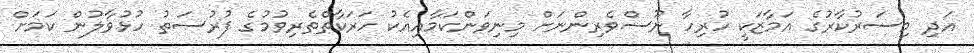
އަދި މިސަރުކާރުގެ އަމާޒަކީ ހުރިހާ ނޫސްވެރިންނަށް މިނިވަންކަމާއިއެކު ހަރަކާތްތެރިވުމުގެ ފުރުސަތު ހުޅުވާލުން ކަމަށް